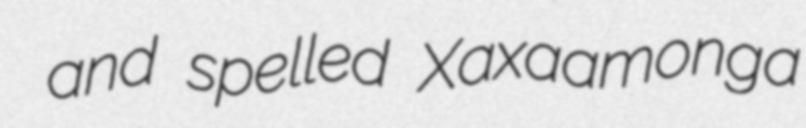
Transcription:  and spelled Xaxaamonga